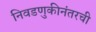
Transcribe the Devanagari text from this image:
निवडणुकीनंतरची